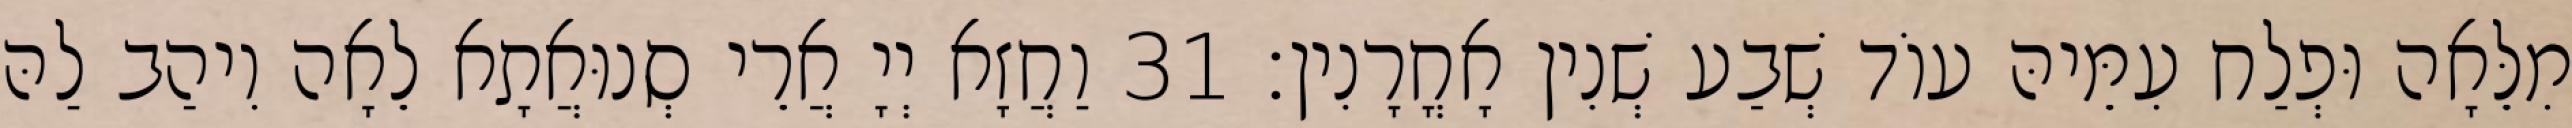
מִלֵּאָה וּפְלַח עִמֵּיהּ עוֹד שְׁבַע שְׁנִין אָחֳרָנִין׃ 31 וַחֲזָא יְיָ אֲרֵי סְנוּאֲתָא לֵאָה וִיהַב לַהּ